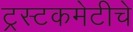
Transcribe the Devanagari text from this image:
ट्रस्टकमेटीचे